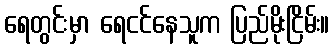
ရေတွင်းမှာ ရေငင်နေသူက ပြည်မိုးငြိမ်း။